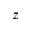
z